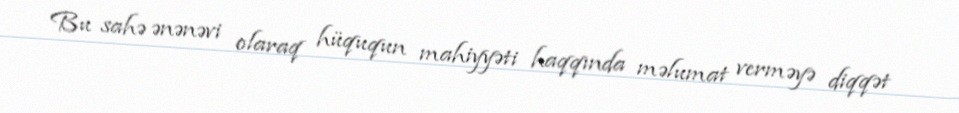
Bu sahə ənənəvi olaraq hüququn mahiyyəti haqqında məlumat verməyə diqqət